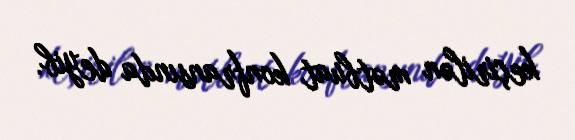
keçirilən mətbuat konfransında deyib.